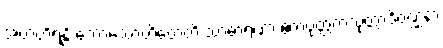
အဗာဟိရန္တိ ကောသောဟိတေတိ သာဓာရဏာ ဧကပုတ္တကသုတ္တာဒိဝဏ္ဏနာ